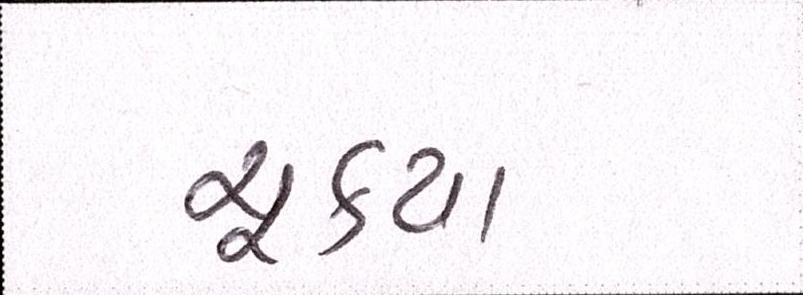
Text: ચૂક્યા